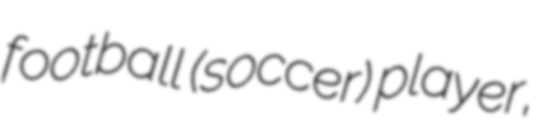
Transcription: football (soccer) player,